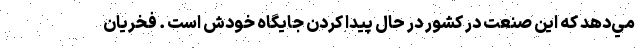
مي‌دهد كه اين صنعت در كشور در حال پیدا کردن جايگاه خودش است . فخريان